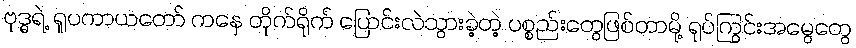
ဗုဒ္ဓရဲ့ ရူပကာယတော် ကနေ တိုက်ရိုက် ပြောင်းလဲသွားခဲ့တဲ့ ပစ္စည်းတွေဖြစ်တာမို့ ရုပ်ကြွင်းအမွေတွေ